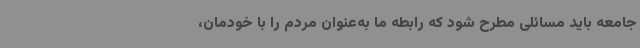
جامعه باید مسائلی مطرح شود که رابطه ما به‌عنوان مردم را با خودمان،